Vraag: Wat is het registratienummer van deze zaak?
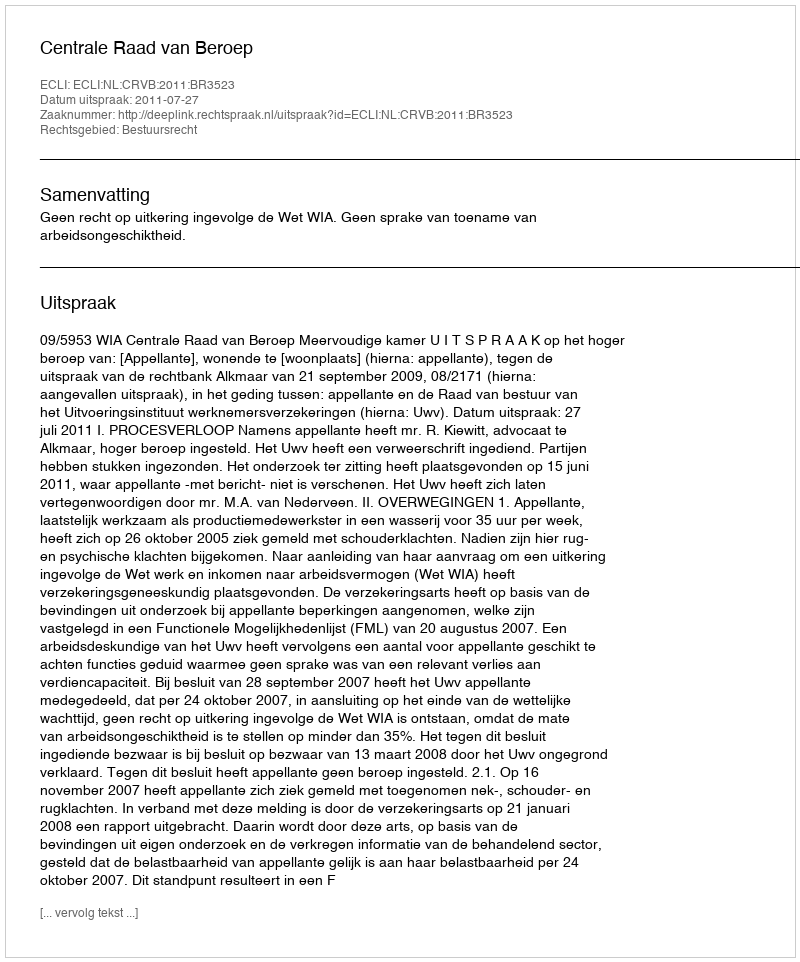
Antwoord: http://deeplink.rechtspraak.nl/uitspraak?id=ECLI:NL:CRVB:2011:BR3523